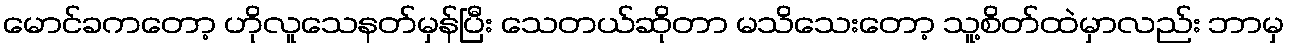
မောင်ခကတော့ ဟိုလူသေနတ်မှန်ပြီး သေတယ်ဆိုတာ မသိသေးတော့ သူ့စိတ်ထဲမှာလည်း ဘာမှ